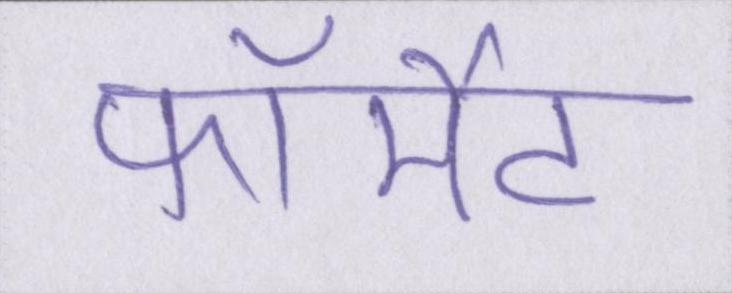
फॉर्मेट